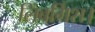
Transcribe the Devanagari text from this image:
लिंबर्गिश।